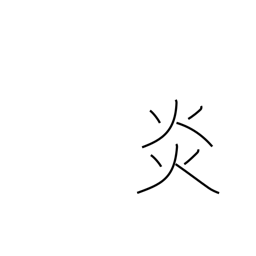
Meaning: blaze